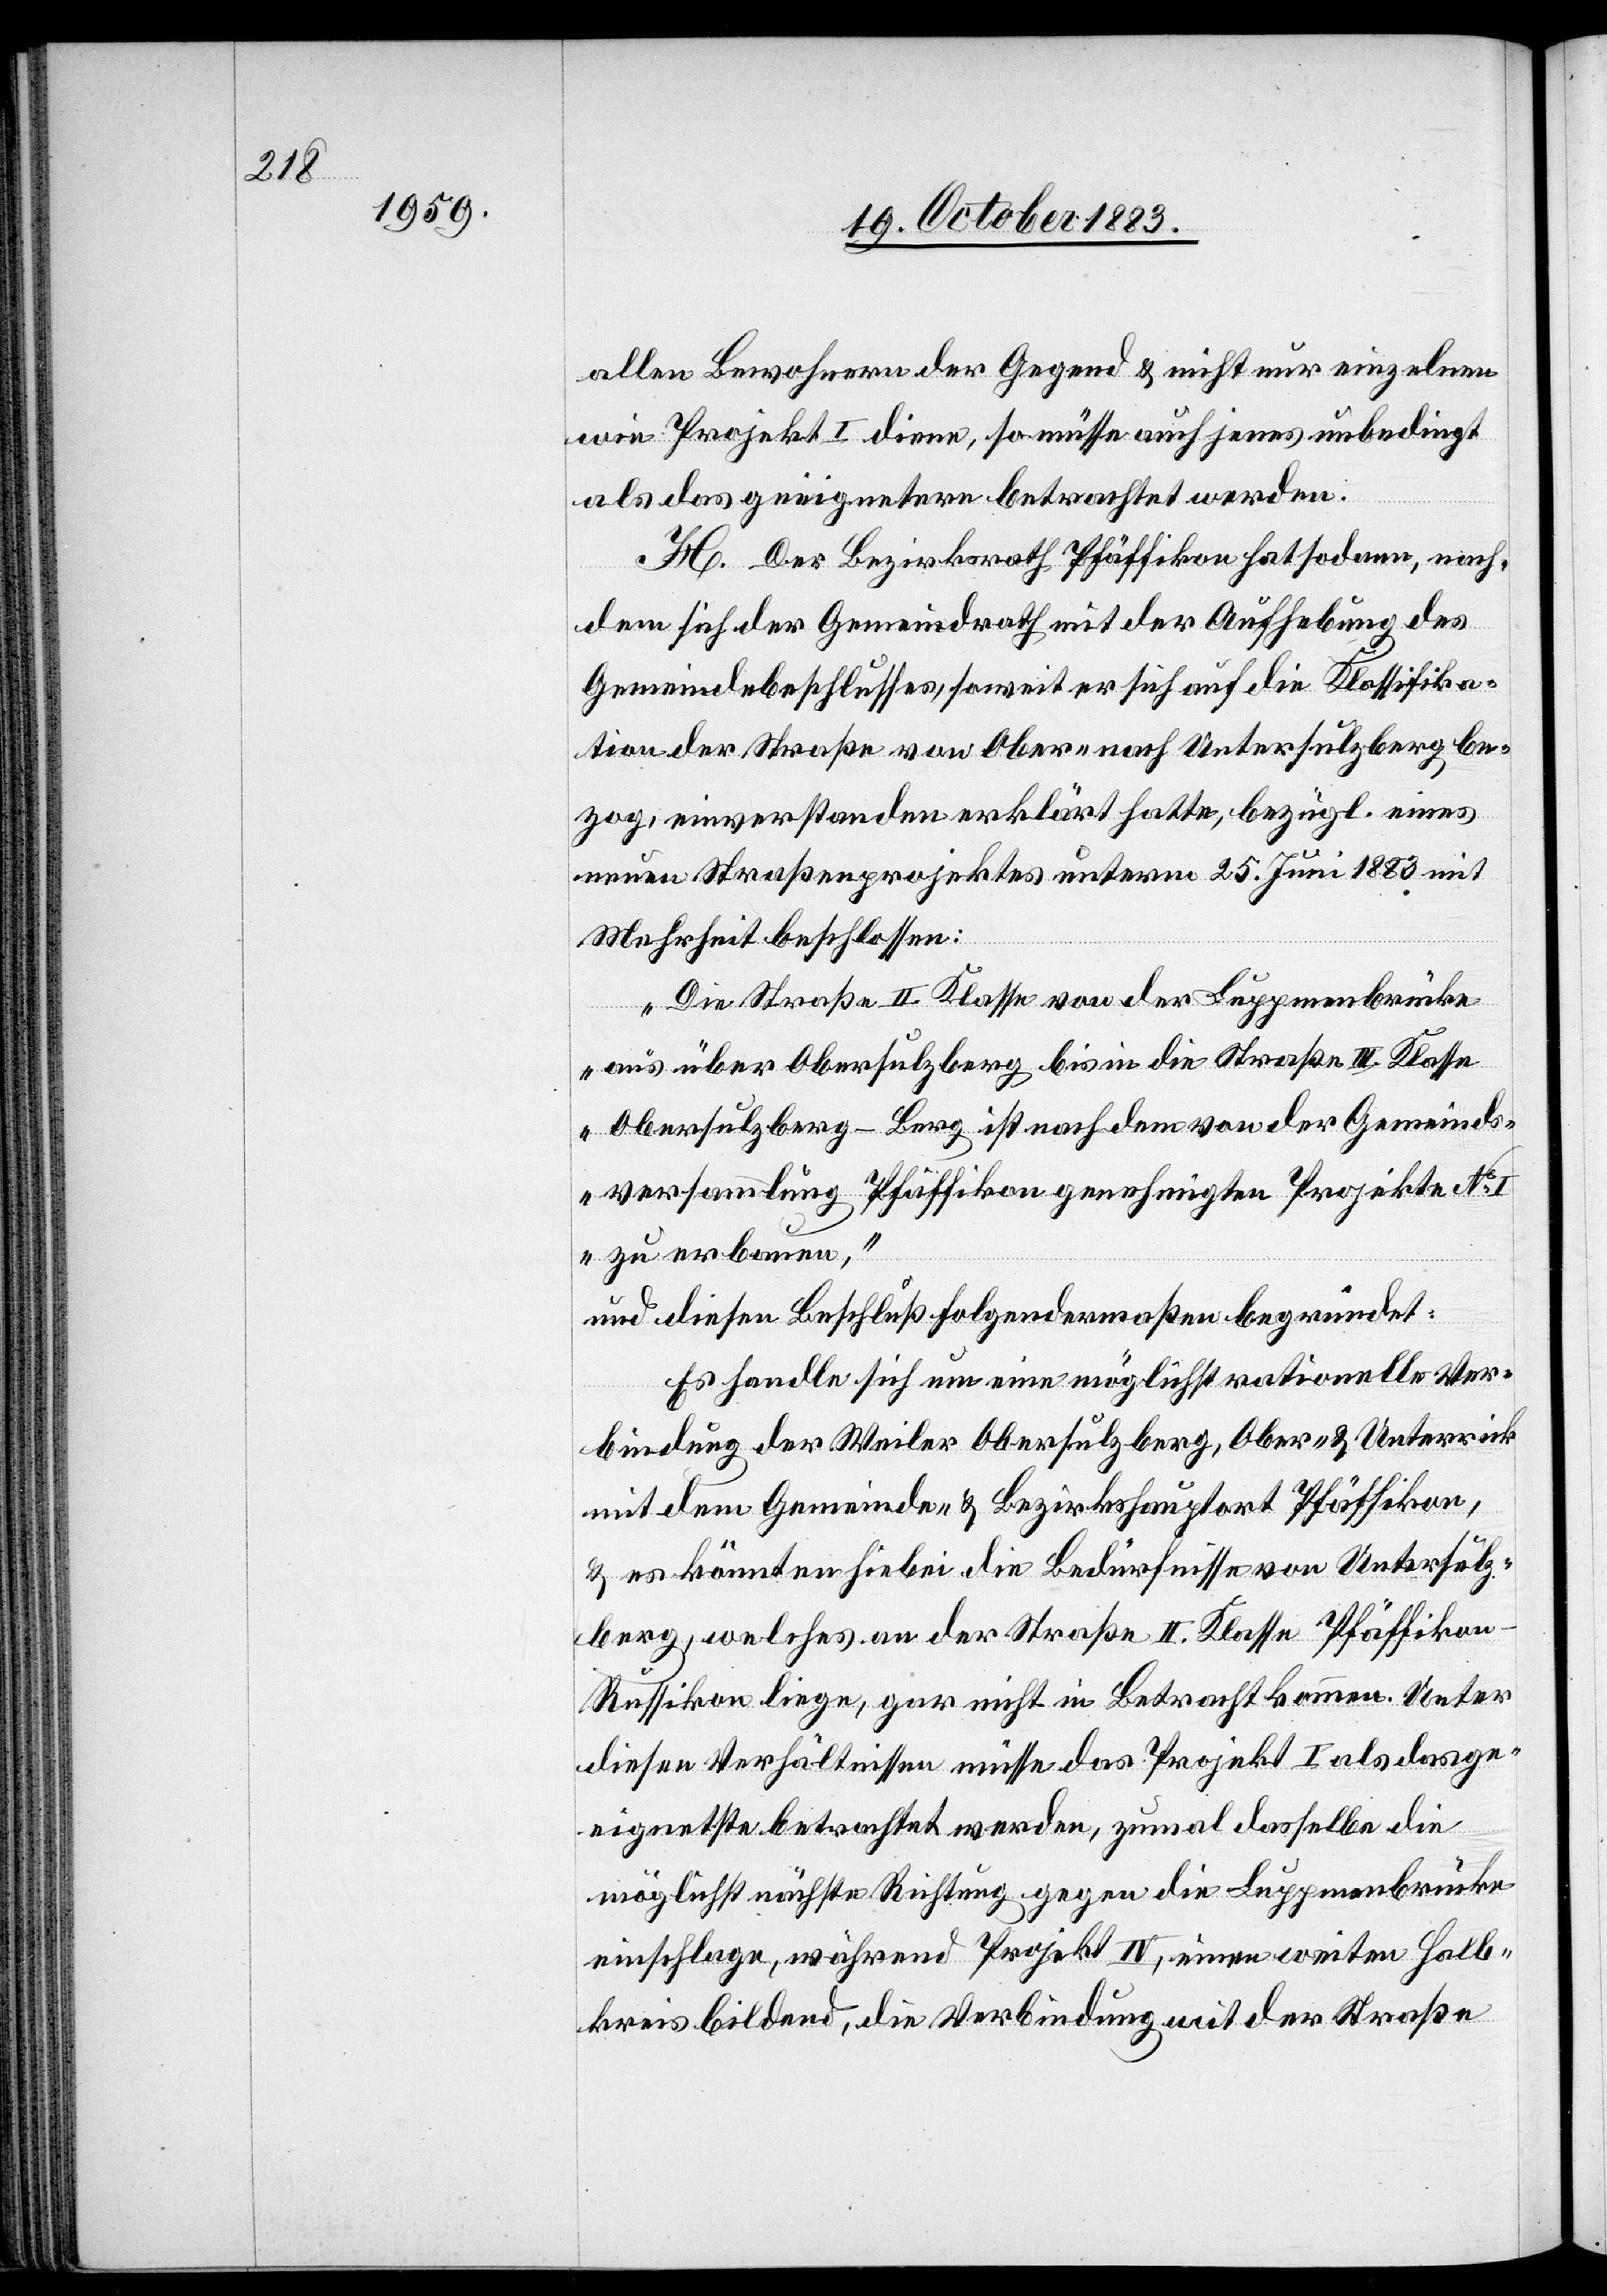
allen Bewohnern der Gegend & nicht nur einzelnen
wie Projekt I diene, so müsse auch jenes unbedingt
als das geeignetere betrachtet werden.
H. Der Bezirksrath Pfäffikon hat sodann, nach¬
dem sich der Gemeindrath mit der Aufhebung des
Gemeindebeschlusses, soweit er sich auf die Klassifika¬
tion der Straße von Ober- nach Untersulzberg be¬
zog, einverstanden erklärt hatte; bezügl. eines
neuen Straßenprojektes unterm 25. Juni 1883 mit
Mehrheit beschlossen:
„Die Straße II. Klasse von der Luppmenbrücke
aus über Obersulzberg bis in die Straße II. Klasse
Obersulzberg–Berg ist nach dem von der Gemeinds¬
versammlung Pfäffikon genehmigten Projekte No
I zu erbauen,“
und diesen Beschluß folgendermaßen begründet:
Es handle sich um eine möglichst rationelle Ver¬
bindung der Weiler Obersulzberg, Ober- & Unterrick
mit dem Gemeinde- & Bezirkshauptort Pfäffikon,
& es könnten hiebei die Bedürfnisse von Untersulz¬
berg, welches an der Straße II. Klasse Pfäffiko¬
n–Russikon liege, gar nicht in Betracht kommen. Unter
diesen Verhältnissen müsse das Projekt I als das ge¬
eignetste betrachtet werden, zumal dasselbe die
möglichst nächste Richtung gegen die Luppmenbrücke
einschlage, während Projekt IV, einen weiten Halb¬
kreis bildend, die Verbindung mit der Straße